Report on vaccination in Madras 1895-1903 - 1895-1903
Year: 1895
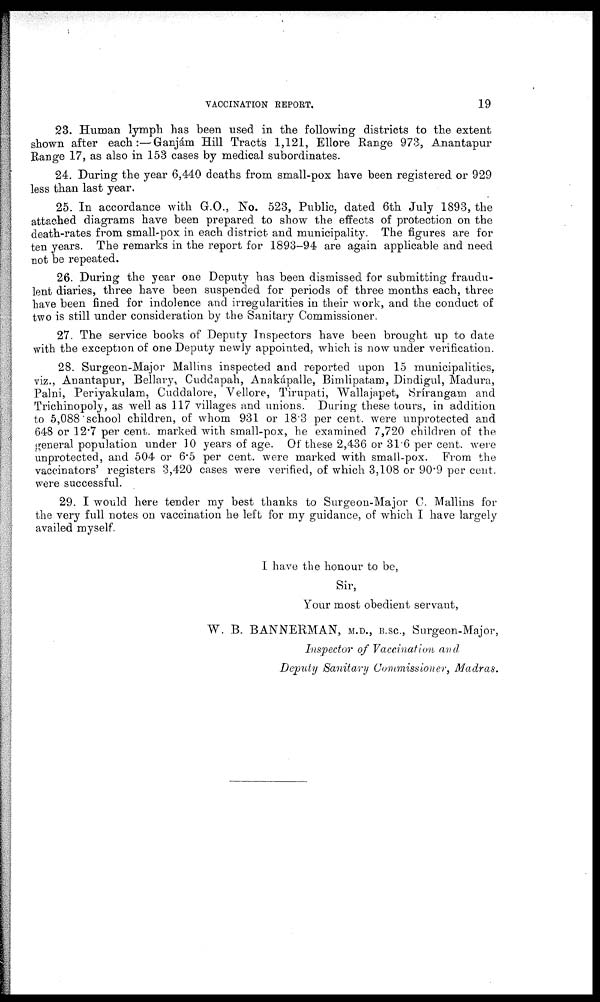
VACCINATION REPORT.
19
23. Human lymph has been used in the following districts to the extent
shown after each:—Ganjám Hill Tracts 1,121, Ellore Range 973, Anantapur
Range 17, as also in 153 cases by medical subordinates.
24. During the year 6,440 deaths from small-pox have been registered or 929
less than last year.
25. In accordance with G.O., No. 523, Public, dated 6th July 1893, the
attached diagrams have been prepared to show the effects of protection on the
death-rates from small-pox in each district and municipality. The figures are for
ten years. The remarks in the report for 1893-94 are again applicable and need
not be repeated.
26. During the year one Deputy has been dismissed for submitting fraudu-
lent diaries, three have been suspended for periods of three months each, three
have been fined for indolence and irregularities in their work, and the conduct of
two is still under consideration by the Sanitary Commissioner.
27. The service books of Deputy Inspectors have been brought up to date
with the exception of one Deputy newly appointed, which is now under verification.
28. Surgeon-Major Mallins inspected and reported upon 15 municipalities,
viz., Anantapur, Bellary, Cuddapah, Anakápalle, Bimlipatam, Dindigul, Madura,
Palni, Periyakulam, Cuddalore, Vellore, Tirupati, Wallajapet, Srírangam and
Trichinopoly, as well as 117 villages and unions. During these tours, in addition
to 5,088 school children, of whom 931 or 18.3 per cent. were unprotected and
648 or 12.7 per cent. marked with small-pox, he examined 7,720 children of the
general population under 10 years of age. Of these 2,436 or 31.6 per cent. were
unprotected, and 504 or 6.5 per cent. were marked with small-pox. From the
vaccinators' registers 3,420 cases were verified, of which 3,108 or 90.9 per cent.
were successful.
29. I would here tender my best thanks to Surgeon-Major C. Mallins for
the very full notes on vaccination he left for my guidance, of which I have largely
availed myself.
I have the honour to be,
Sir,
Your most obedient servant,
W. B. BANNERMAN, M.D., B.SC., Surgeon-Major,
Inspector of Vaccination and
Deputy Sanitary Commissioner, Madras.